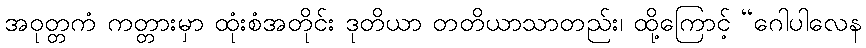
အဝုတ္တကံ ကတ္တားမှာ ထုံးစံအတိုင်း ဒုတိယာ တတိယာသာတည်း၊ ထို့ကြောင့် “ဂေါပါလေန